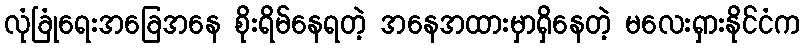
လုံခြုံရေးအခြေအနေ စိုးရိမ်နေရတဲ့ အနေအထားမှာရှိနေတဲ့ မလေးရှားနိုင်ငံက